Plague in India, 1896, 1897 - Volume 3
Year: 1896
Disease focus: Plague
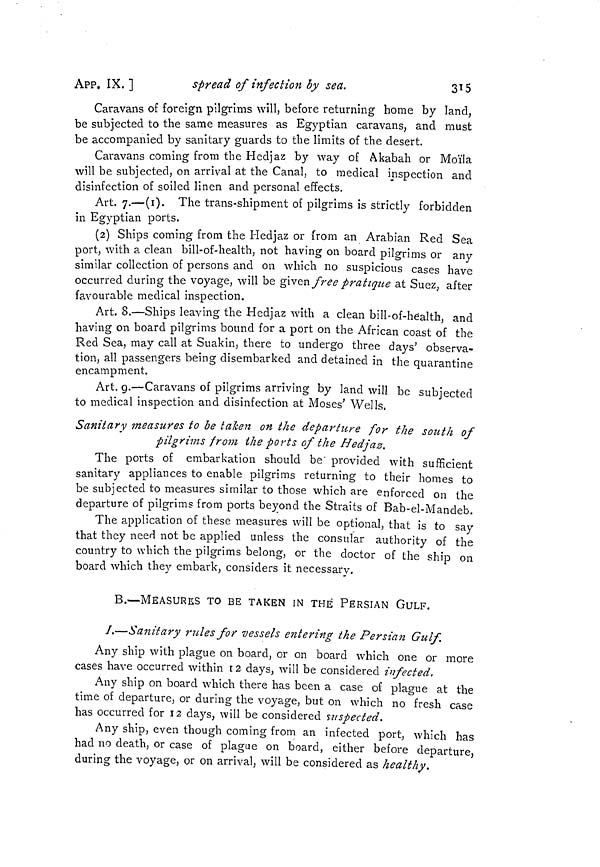
APP. IX. ]
spread of infection by sea.
315
Caravans of foreign pilgrims will, before returning home by land,
be subjected to the same measures as Egyptian caravans, and must
be accompanied by sanitary guards to the limits of the desert.
Caravans coming from the Hedjaz by way oí Akabah or Moïla
will be subjected, on arrival at the Canal, to medical inspection and
disinfection of soiled linen and personal effects.
Art. 7.—(i). The trans-shipment of pilgrims is strictly forbidden
in Egyptian ports.
(2) Ships coming from the Hedjaz or from an Arabian Red Sea
port, with a clean bill-of-health, not having on board pilgrims or any
similar collection of persons and on which no suspicious cases have
occurred during the voyage, will be given free pratique at Suez, after
favourable medical inspection.
Art. 8.—Ships leaving the Hedjaz with a clean bill-of-health, and
having on board pilgrims bound for a port on the African coast of the
Red Sea, may call at Suakin, there to undergo three days' observa-
tion, all passengers being disembarked and detained in the quarantine
encampment.
Art. 9.—Caravans of pilgrims arriving by land will be subjected
to medical inspection and disinfection at Moses' Wells,
Sanitär v measures to be taken on the departure for the south of
pilgrims from the ports of the Hedjaz.
The ports of embarkation should be' provided with sufficient
sanitary appliances to enable pilgrims returning to their homes to
be subjected to measures similar to those which are enforced on the
departure of pilgrims from ports beyond the Straits of Bab-el-Mandeb.
The application of these measures will be optional, that is to say
that they need not be applied unless the consular authority of the
country to which the pilgrims belong, or the doctor of the ship on
board which they embark, considers it necessary.
B.—MEASURES TO BE TAKEN IN THE PERSIAN GULF.
/.—Sanitary rules for vessels entering the Persian Gulf.
Any ship with plague on board, or on board which one or more
cases have occurred within r 2 days, will be considered infected,
Any ship on board which there has been a case of plague at the
time of departure, or during the voyage, but on which no fresh case
has occurred for 12 days, will be considered suspected.
Any ship, even though coming from an infected port, which has
had no death, or case of plague on board, either before departure,
during the voyage, or on arrival, will be considered as healthy.